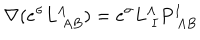
\nabla ( e ^ { \sigma } L _ { \ A B } ^ { \Lambda } ) = e ^ { \sigma } L _ { \ I } ^ { \Lambda } P _ { \ A B } ^ { I }